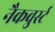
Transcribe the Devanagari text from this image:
नैकवुर्स्ट